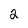
Character: 2